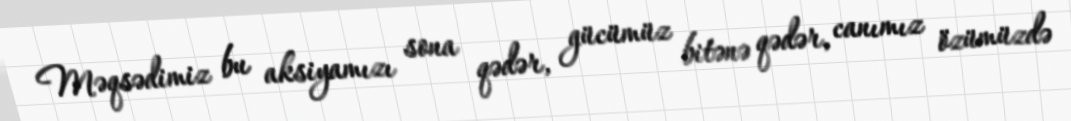
Məqsədimiz bu aksiyamızı sona qədər, gücümüz bitənə qədər, canımız özümüzdə